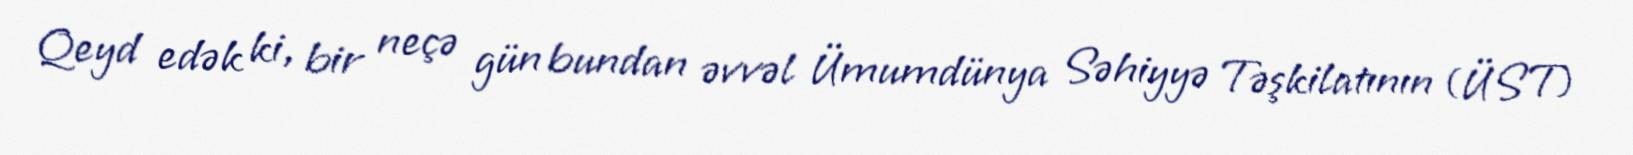
Qeyd edək ki, bir neçə gün bundan əvvəl Ümumdünya Səhiyyə Təşkilatının (ÜST)